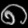
Digit: ၈